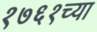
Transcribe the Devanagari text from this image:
१७६१च्या